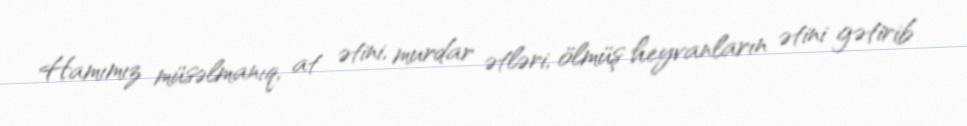
Hamımız müsəlmanıq, at ətini, murdar ətləri, ölmüş heyvanların ətini gətirib